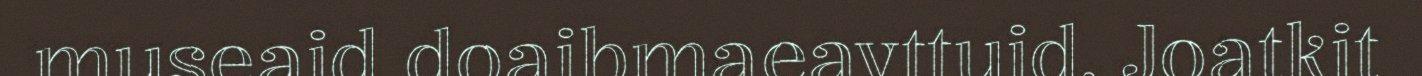
museaid doaibmaeavttuid. Joatkit